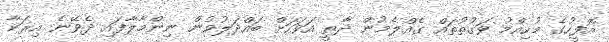
އޮފީހުގެ މުހިއްމު ވަގުތުތައް ގެއްލެމުން ދާތީ އަވަހަށް ބައްދަލުވުން ނިންމާލާފައި ދެވޭނެ އިރަކާ